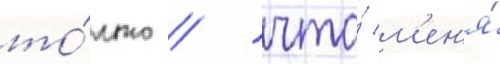
то́лько / что́ м'ен'я́